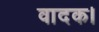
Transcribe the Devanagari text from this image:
वादक।